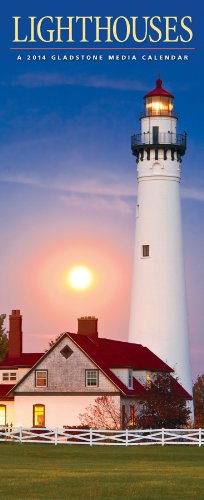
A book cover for Lighthouse 2014 Vertical Calendar; Calendars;